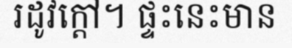
រដូវក្តៅ។ ផ្ទះនេះមាន